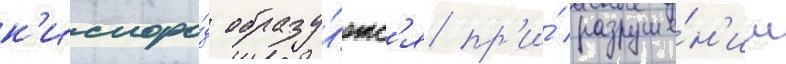
к'ислоро́д образу́етс'я пр'и́ разруше́н'ии